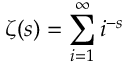
\zeta ( s ) = \sum _ { i = 1 } ^ { \infty } i ^ { - s }